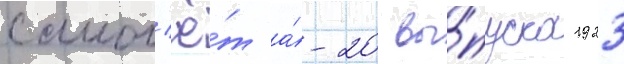
самол'ё́т а́-20 вы́пуска 1923